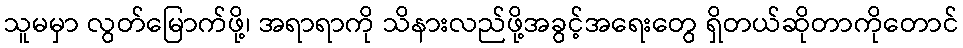
သူမမှာ လွတ်မြောက်ဖို့၊ အရာရာကို သိနားလည်ဖို့အခွင့်အရေးတွေ ရှိတယ်ဆိုတာကိုတောင်